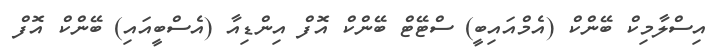
އިސްލާމިކް ބޭންކް (އެމްއައިބީ) ސްޓޭޓް ބޭންކް އޮފް އިންޑިއާ (އެސްބީއައި) ބޭންކް އޮފް